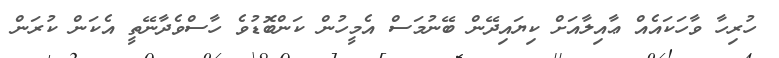
ހުރިހާ ވާހަކައެއް ޢާއިލާއަށް ކިޔައިދޭން ބޭނުމަސް އެމީހުން ކަންބޮޑުވެ ހާސްވެދާނޭތީ އެކަން ކުރަން